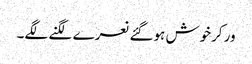
ورکرخوش ہوگئے نعرے لگنے لگے۔